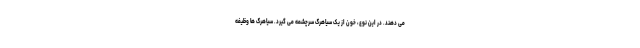
می دهند. در این نوع، خون از یک سیاهرگ سرچشمه می گیرد. سیاهرگ ها وظیفه